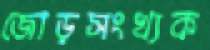
জোড়সংখ্যক